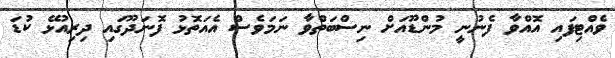
ވެއްޓިފައި އޮއްވާ ފެނުނީ މުންޑޫއަށް ނިސްބަތްވާ ނަމަވެސް އެއަތޮޅު ފޮނަދޫގައި ދިރިއުޅޭ ކުޑަ